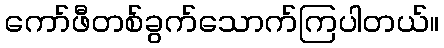
ကော်ဖီတစ်ခွက်သောက်ကြပါတယ်။